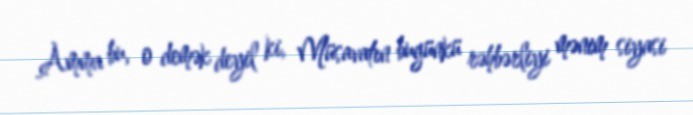
Amma bu, o demək deyil ki, Müsavatın bugünkü rəhbərliyi mənim siyasi